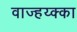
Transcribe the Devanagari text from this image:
वाज्हय्क्का